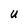
Character: u